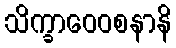
သိက္ခာဝေဝစနာနိ